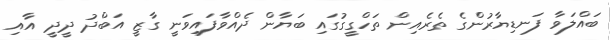
ބައްލަވާ ފަނޑިޔާރުންގެ ތެރެއިން ތަހްގީގުގައި ބަޔާން ދެއްވާފައިވަނީ ގާޒީ އަބްދު ދީދީ އާއި